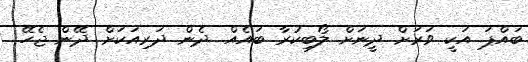
ބައްޕަ އަކީ ވަރަށް ދީނަށް ލޯބިކުރާ ބައެއް. ދެން ދަރިއަކަށް ދޭން ޖެހޭ